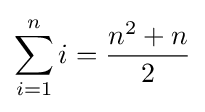
\sum _{i=1}^{n}i={\frac {n^{2}+n}{2}}